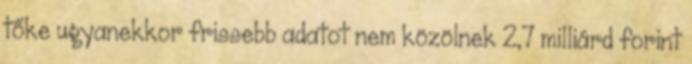
tőke ugyanekkor frissebb adatot nem közölnek 2,7 milliárd forint